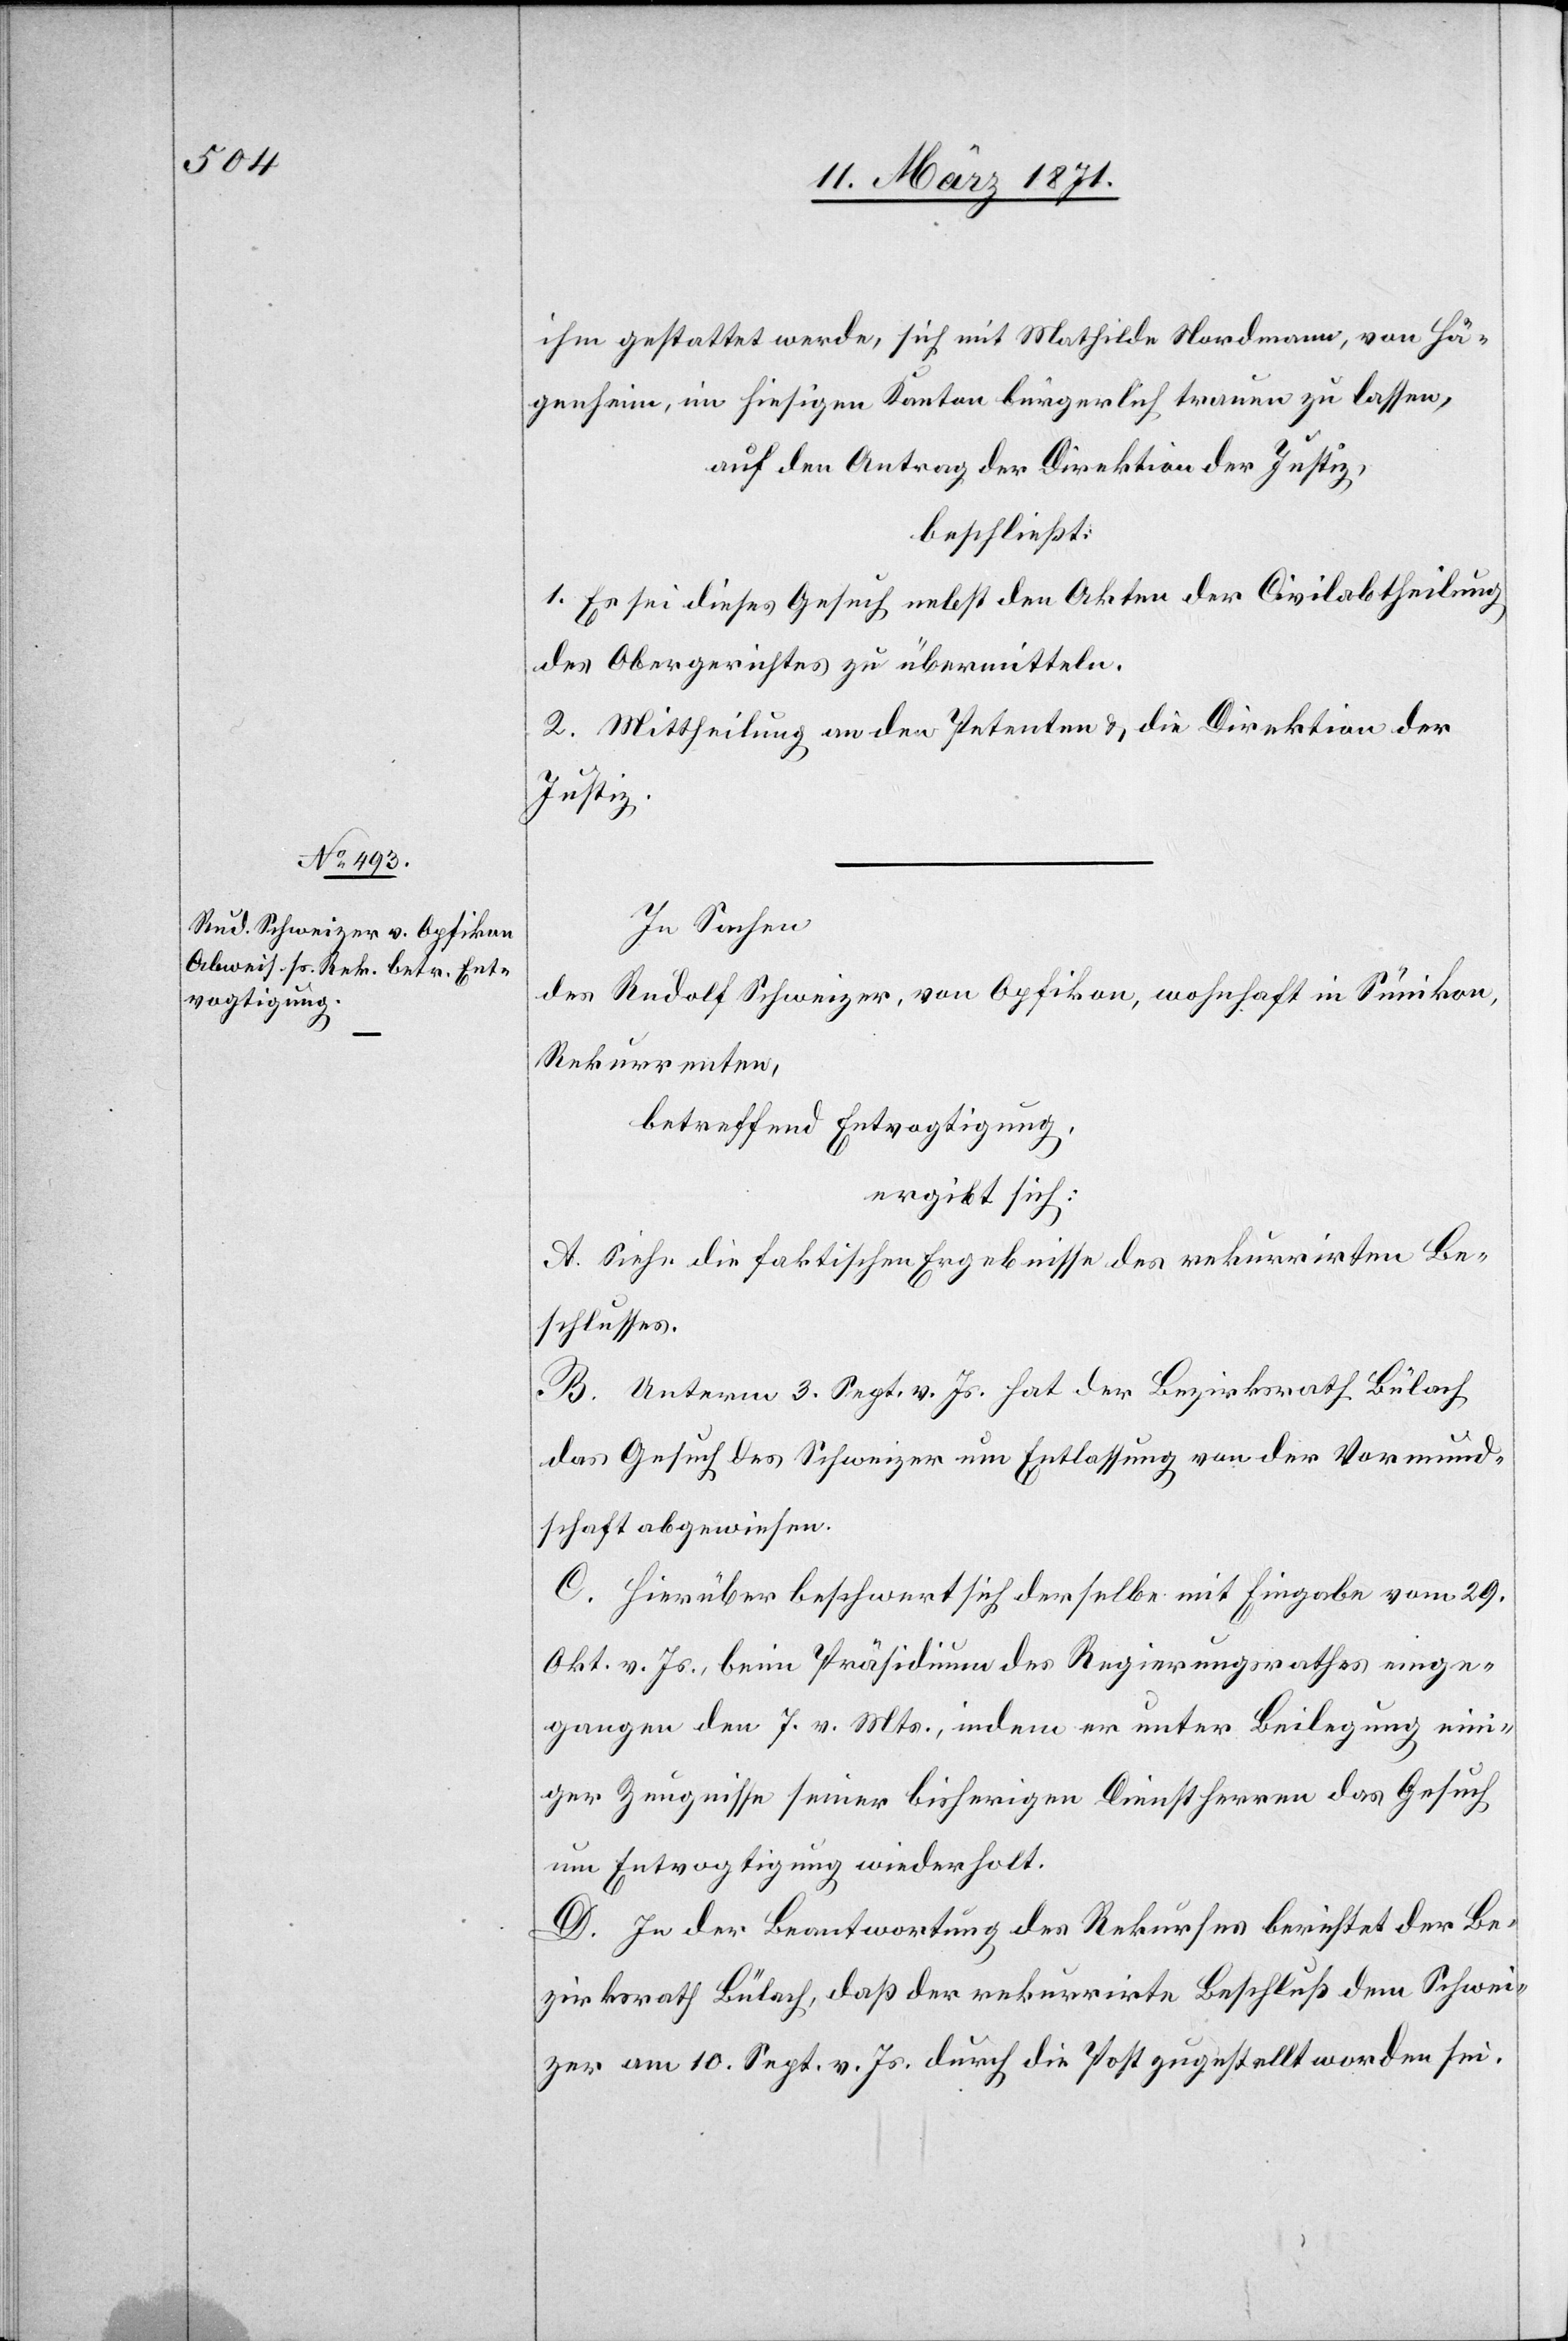
ihm gestattet werde, sich mit Mathilde Nordmann, von Hä¬
genheim, im hiesigen Kanton bürgerlich trauen zu lassen,
auf den Antrag der Direktion der Justiz,
beschließt:
1. Es sei dieses Gesuch nebst den Akten der Civilabtheilung
des Obergerichtes zu übermitteln.
2. Mittheilung an den Petenten u. die Direktion der
Justiz.
In Sachen
des Rudolf Schweizer, von Opfikon, wohnhaft in Sünikon,
Rekurrenten,
betreffend Entvogtigung,
ergibt sich:
A. siehe die faktischen Ergebnisse des rekurrirten Be¬
schlusses.
B. Unterm 3. Sept. v. Js. hat der Bezirksrath Bülach
das Gesuch des Schweizer um Entlassung von der Vormund¬
schaft abgewiesen.
C. Hierüber beschwert sich derselbe mit Eingabe vom 29.
Okt. v. Js., beim Präsidium des Regierungsrathes einge¬
gangen den 7. v. Mts., indem er unter Beilegung eini¬
ger Zeugnisse seiner bisherigen Dienstherren das Gesuch
um Entvogtigung wiederholt.
D. In der Beantwortung des Rekurses berichtet der Be¬
zirksrath Bülach, daß der rekurrirte Beschluß dem Schwei¬
zer am 10. Sept. v. Js. durch die Post zugestellt worden sei.